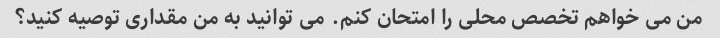
من می خواهم تخصص محلی را امتحان کنم. می توانید به من مقداری توصیه کنید؟